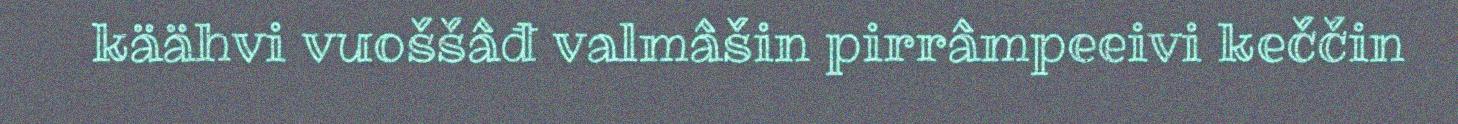
käähvi vuoššâđ valmâšin pirrâmpeeivi keččin